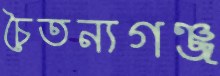
চৈতন্যগঞ্জ